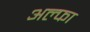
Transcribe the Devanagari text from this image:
अल्‍फा